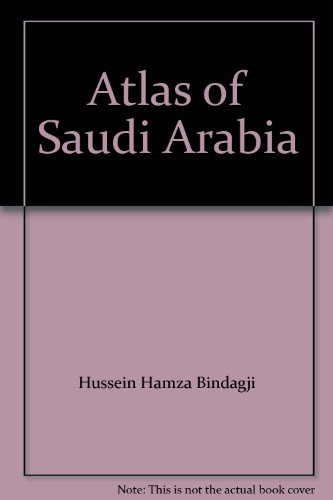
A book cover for Atlas of Saudi Arabia; Hussein Hamza Bindagji; Travel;